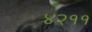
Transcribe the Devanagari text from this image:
४२११